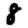
Digit: 8